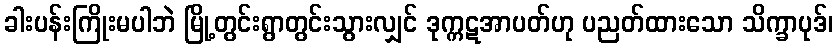
ခါးပန်းကြိုးမပါဘဲ မြို့တွင်းရွာတွင်းသွားလျှင် ဒုက္ကဋအာပတ်ဟု ပညတ်ထားသော သိက္ခာပုဒ်၊